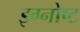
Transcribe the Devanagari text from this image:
इग्नोष्ट